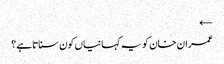
←
عمران خان کو یہ کہانیاں کون سناتاہے؟